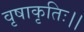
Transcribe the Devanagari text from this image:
वृषाकृतिः।।